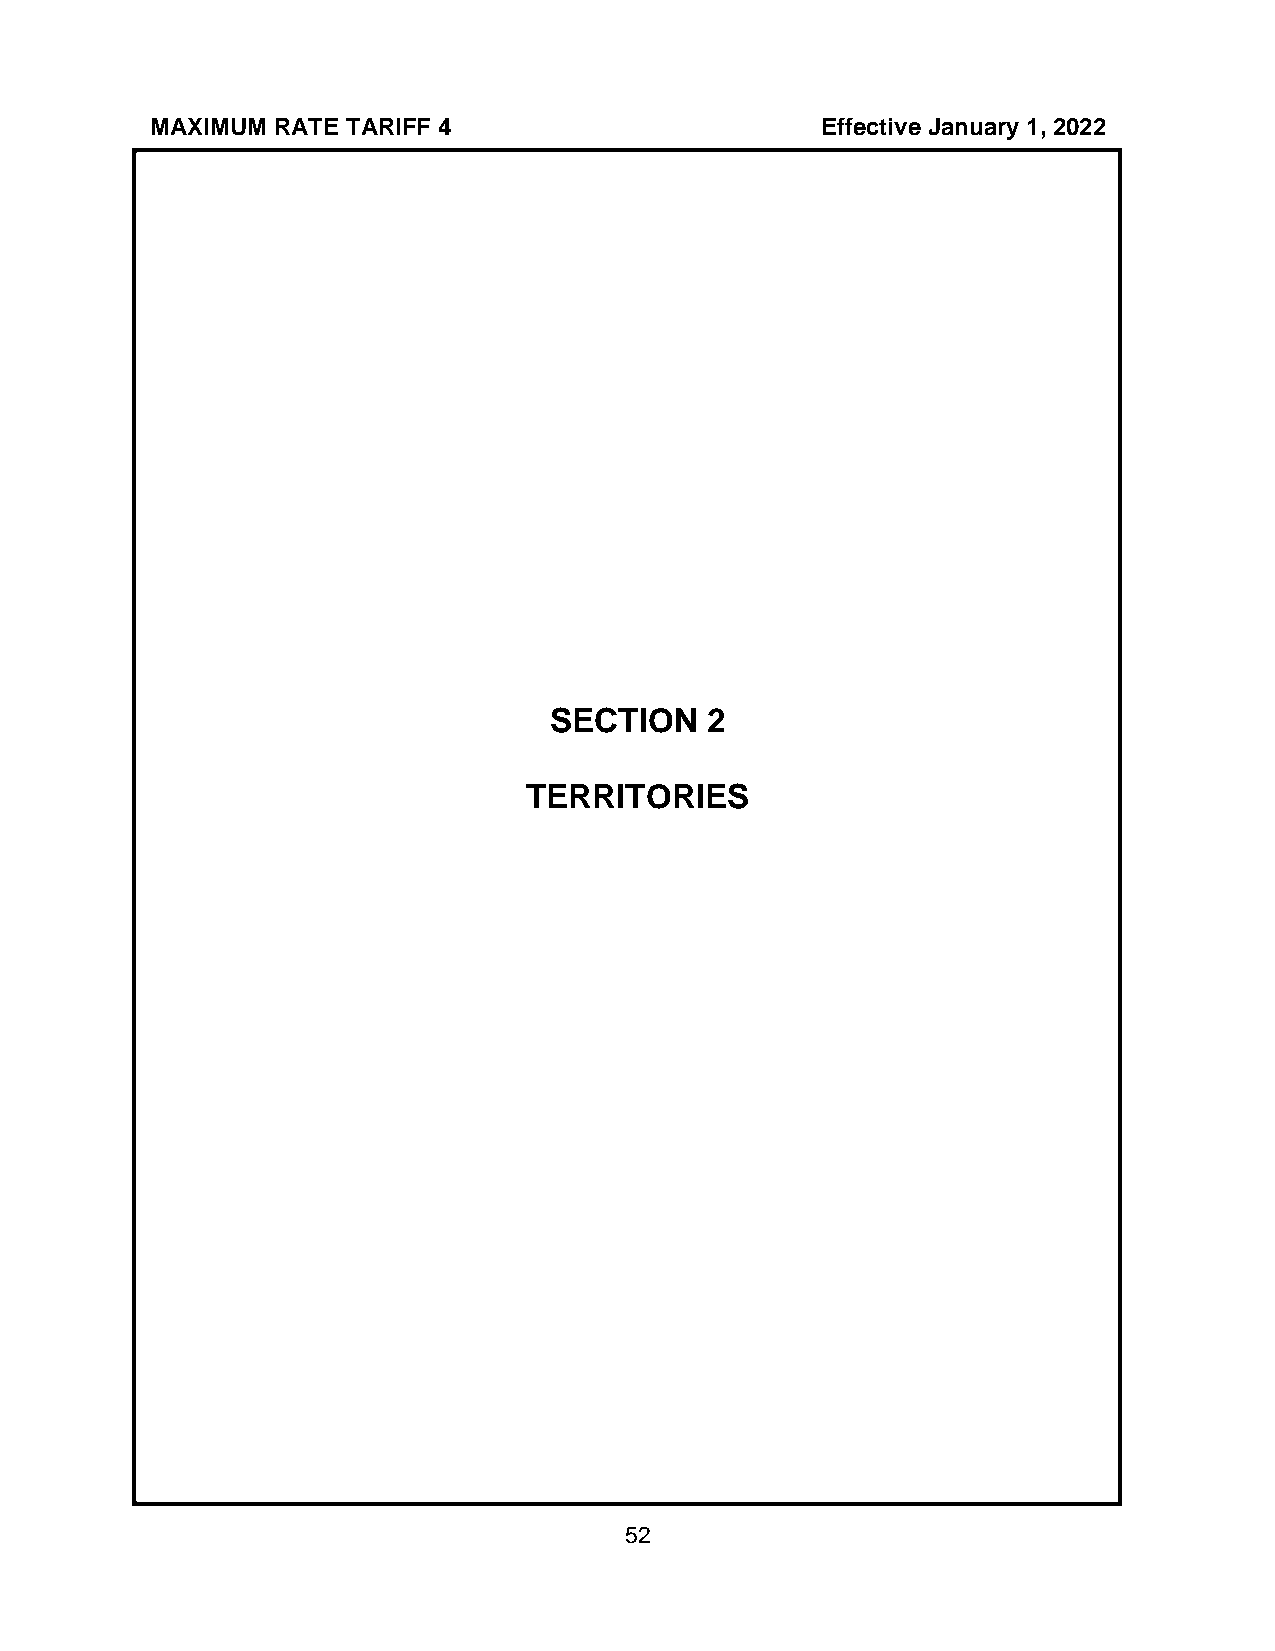
MAXIMUM RATE TARIFF 4                       Effective January 1, 2022
 SECTION    2
 TERRITORIES
 52